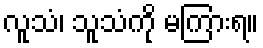
လူသံ၊ သူသံကို မကြားရ။